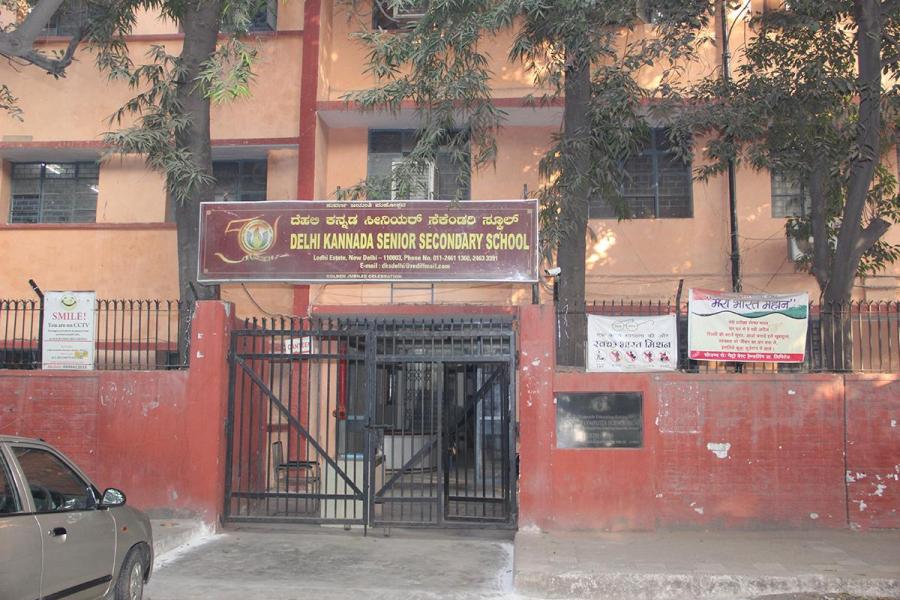
Language: kannada
Transcription: ಕನ್ನಡ